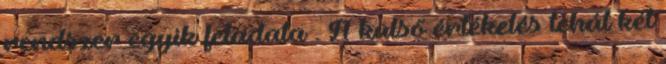
rendszer egyik feladata . A külső értékelés tehát két